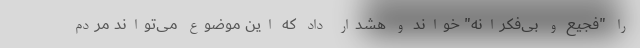
را "فجیع و بی‌فکرانه" خواند و هشدار داد که این موضوع می‌تواند مردم